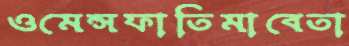
ওমেন্সফাতিমাবেতা